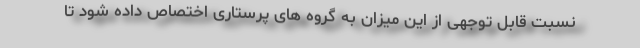
نسبت قابل توجهی از این میزان به گروه های پرستاری اختصاص داده شود تا